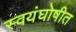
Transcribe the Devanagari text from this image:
स्वयंघोषीत